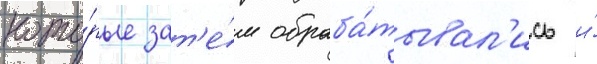
кото́рые зат'е́м обраба́тывал'ись и́